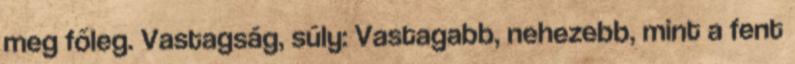
meg főleg. Vastagság, súly: Vastagabb, nehezebb, mint a fent